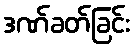
ဒဏ်ခတ်ခြင်း